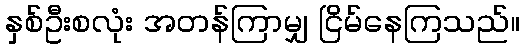
နှစ်ဦးစလုံး အတန်ကြာမျှ ငြိမ်နေကြသည်။